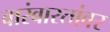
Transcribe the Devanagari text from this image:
वारंवारतांवर